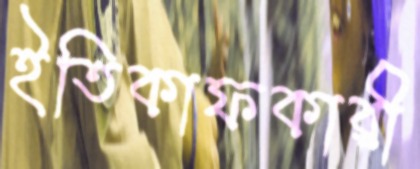
ইতিকাফকারী